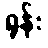
ရုန်း